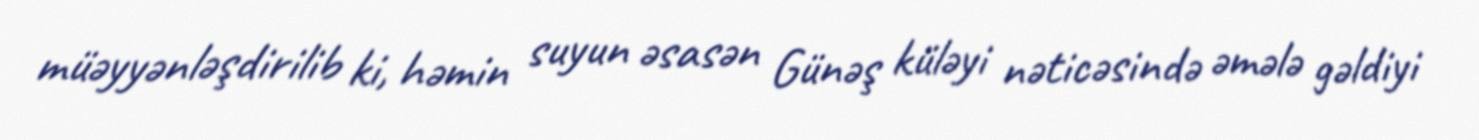
müəyyənləşdirilib ki, həmin suyun əsasən Günəş küləyi nəticəsində əmələ gəldiyi